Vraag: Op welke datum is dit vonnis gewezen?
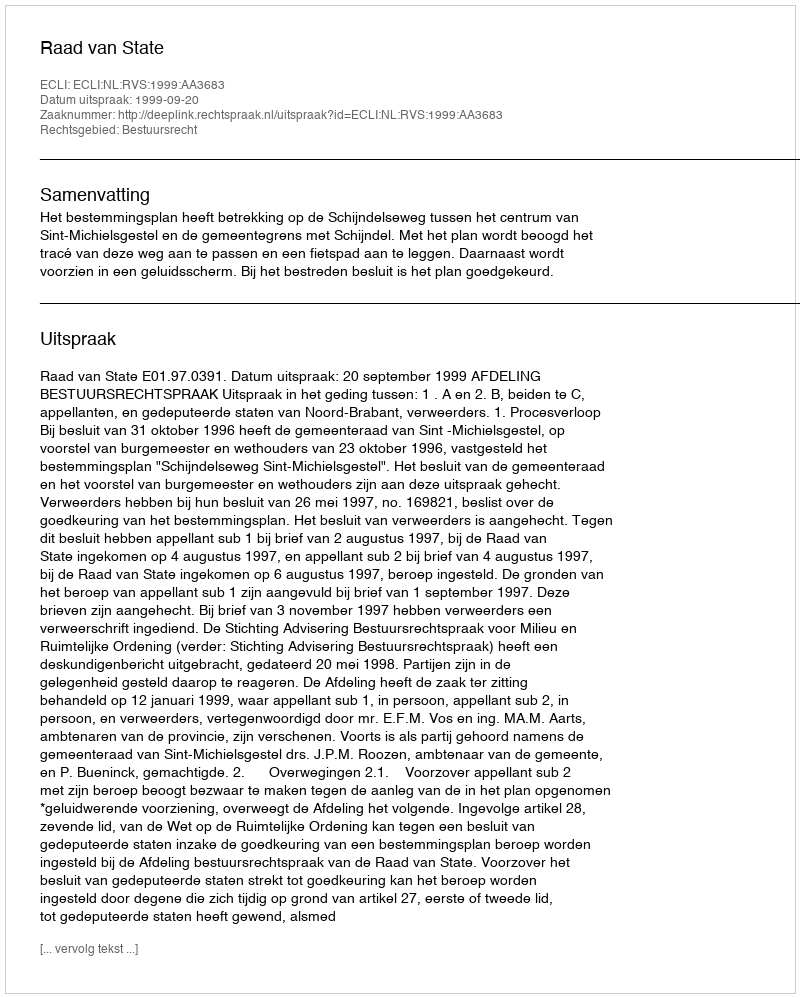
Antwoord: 1999-09-20